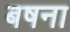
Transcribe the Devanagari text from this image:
बषना